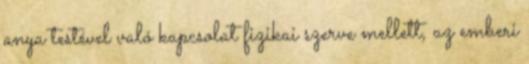
anya testével való kapcsolat fizikai szerve mellett, az emberi